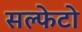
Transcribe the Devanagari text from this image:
सल्फेटो